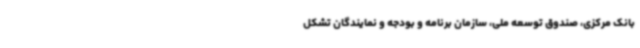
بانک مرکزی، صندوق توسعه ملی، سازمان برنامه و ‌بودجه و نمایندگان تشکل